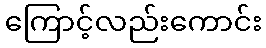
ကြောင့်လည်းကောင်း